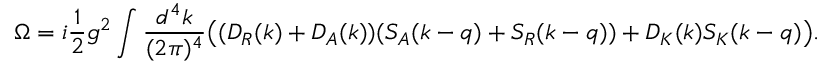
\Omega = i { \frac { 1 } { 2 } } g ^ { 2 } \int { \frac { d ^ { 4 } k } { ( 2 \pi ) ^ { 4 } } } \big ( ( D _ { R } ( k ) + D _ { A } ( k ) ) ( S _ { A } ( k - q ) + S _ { R } ( k - q ) ) + D _ { K } ( k ) S _ { K } ( k - q ) \big ) .